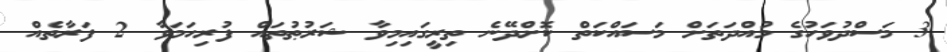
3 މަސްދުވަހުގެ މުއްދަތަށް މަސައްކަތް ކޮށްދޭނެ ތިރީގައިމިވާ ޝަރުޠުތައް ފުރިހަމަވާ 2 ފަރާތެއް